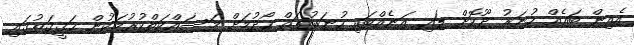
އެއިން ބައެއް ހުނަރު ދޫކޮށް ލައި އަނެއްބައި ހުނަރުތައް ހޯދުމަށް މަސައްކަތްކުރުމަކުން ޙަޤީޤަތުގައި